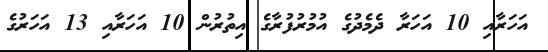
އަހަރާއި 10 އަހަރާ ދެމެދުގެ އުމުރުފުރާގެ އިތުރުން 10 އަހަރާއި 13 އަހަރުގެ